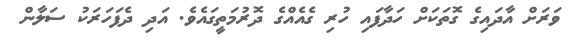
ވަރަށް އާދައިގެ ގޮތަކަށް ހަދާފައި ހުރި ގެއެއްގެ ދޮރުމަތީގައެވެ. އަދި ދެފަހަރަކު ސަލާން